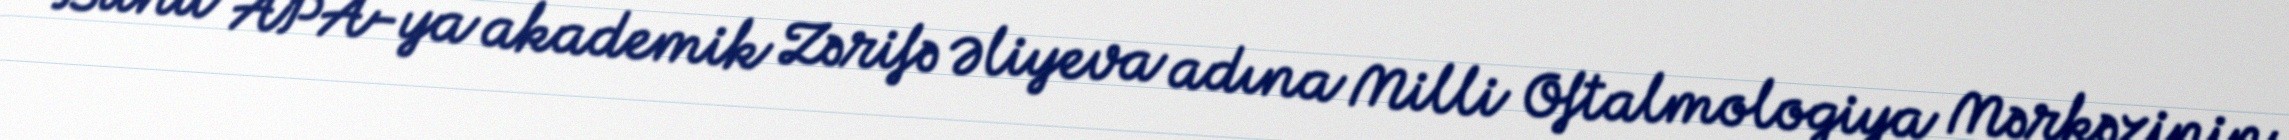
Bunu APA-ya akademik Zərifə Əliyeva adına Milli Oftalmologiya Mərkəzinin